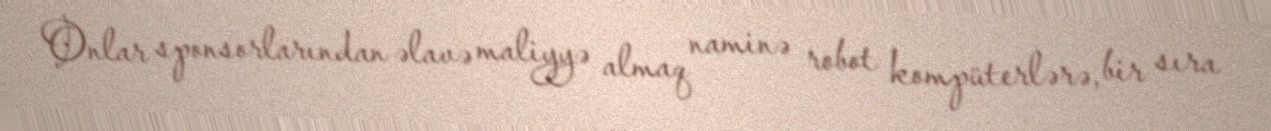
Onlar sponsorlarından əlavə maliyyə almaq naminə robot kompüterlərə, bir sıra